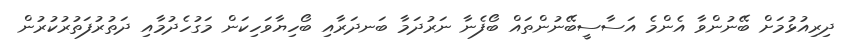
ދިރިއުޅުމަށް ބޭނުންވާ އެންމެ އަސާސީބޭނުންތައް ބޯފެނާ ނަރުދަމާ ބަނދަރާއި ބޯހިޔާވަހިކަން މަގުހެދުމާއި ދަތުރުފަތުރުކުރުން